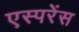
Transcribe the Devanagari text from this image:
एस्परेंस